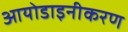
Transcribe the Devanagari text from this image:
आयोडाइनीकरण